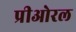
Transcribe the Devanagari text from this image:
प्रीओरल